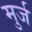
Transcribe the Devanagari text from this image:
मुर्ज